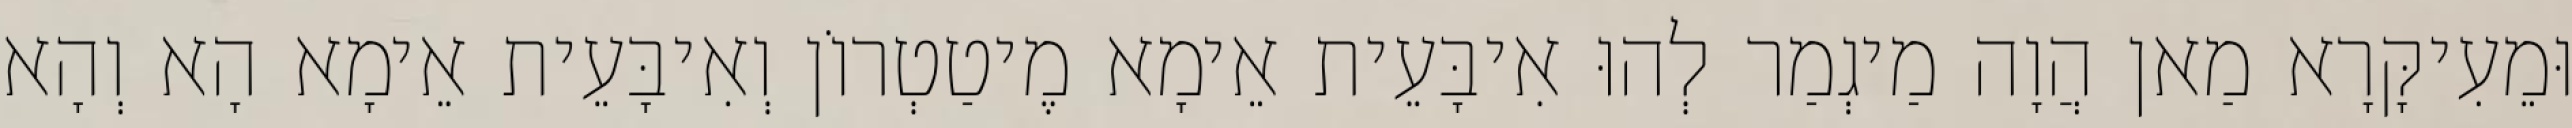
וּמֵעִיקָּרָא מַאן הֲוָה מַיגְמַר לְהוּ אִיבָּעֵית אֵימָא מֶיטַטְרוֹן וְאִיבָּעֵית אֵימָא הָא וְהָא